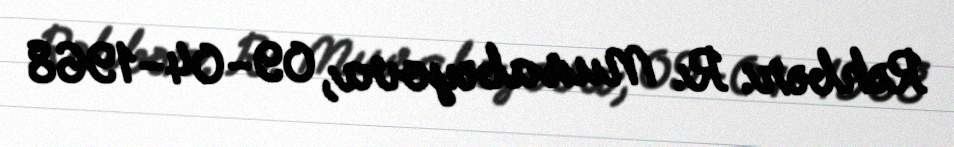
Rəhbər: R. Musabəyova, 09-04-1968